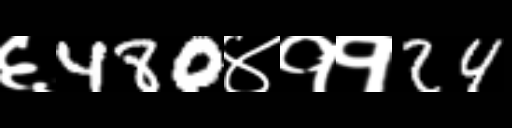
Text: ६480४११24